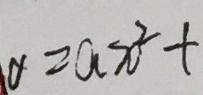
\alpha = a x ^ { 2 } +